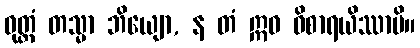
ဝုတ္တံ တသ္မာ ဘိယျော, န တံ ဣဓ ဝိစာရယိဿာမိ။